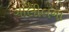
ગાલીલના